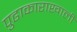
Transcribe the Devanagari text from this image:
पुढाकाराखाली